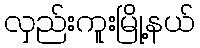
လှည်းကူးမြို့နယ်